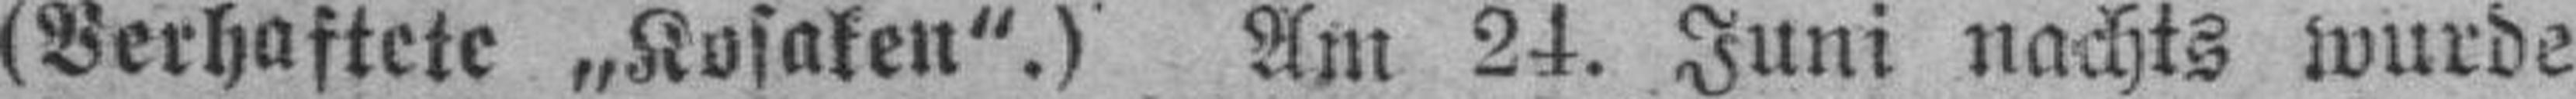
(Verhaftete „Kosaken".) Am 24. Juni nachts wurde